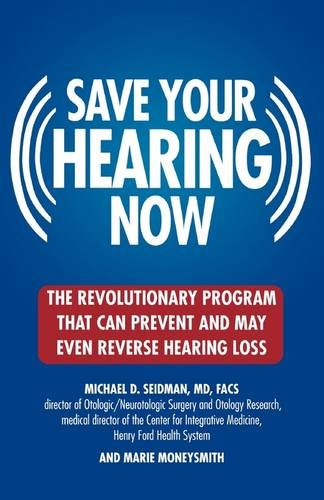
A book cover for Save Your Hearing Now: The Revolutionary Program That Can Prevent and May Even Reverse Hearing Loss; Michael D. Seidman; Health, Fitness & Dieting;